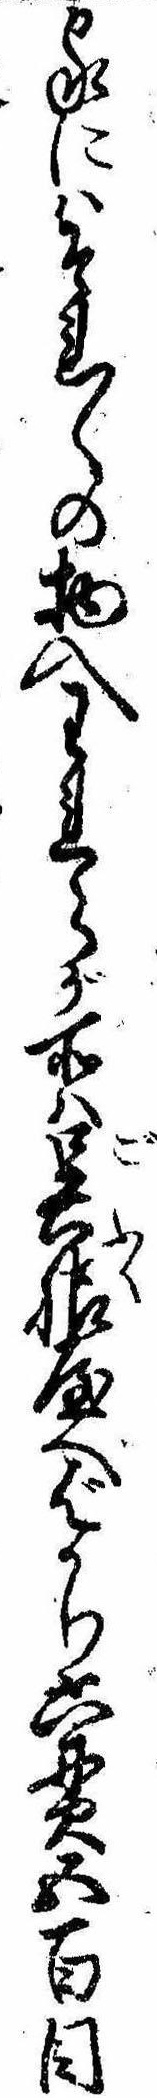
家にはそれ〲の物入われらが所は呉服屋へばかり六貫五百目